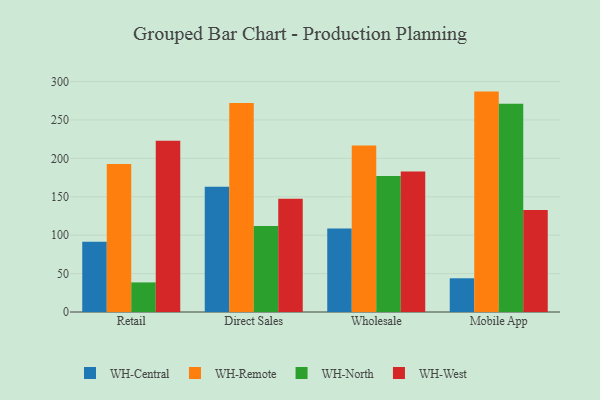
{"axis": {"x": "Channel", "y": "Demand Index"}, "legend": ["WH-Central", "WH-North", "WH-Remote", "WH-West"], "data": [{"x": "Retail", "y": 91.3, "type": "WH-Central"}, {"x": "Retail", "y": 192.5, "type": "WH-Remote"}, {"x": "Retail", "y": 38.5, "type": "WH-North"}, {"x": "Retail", "y": 222.9, "type": "WH-West"}, {"x": "Direct Sales", "y": 163.2, "type": "WH-Central"}, {"x": "Direct Sales", "y": 271.9, "type": "WH-Remote"}, {"x": "Direct Sales", "y": 111.9, "type": "WH-North"}, {"x": "Direct Sales", "y": 147.3, "type": "WH-West"}, {"x": "Wholesale", "y": 108.7, "type": "WH-Central"}, {"x": "Wholesale", "y": 216.7, "type": "WH-Remote"}, {"x": "Wholesale", "y": 177.1, "type": "WH-North"}, {"x": "Wholesale", "y": 182.9, "type": "WH-West"}, {"x": "Mobile App", "y": 43.9, "type": "WH-Central"}, {"x": "Mobile App", "y": 286.9, "type": "WH-Remote"}, {"x": "Mobile App", "y": 271.0, "type": "WH-North"}, {"x": "Mobile App", "y": 132.7, "type": "WH-West"}]}